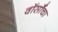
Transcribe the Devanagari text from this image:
वॉर्सॉचा